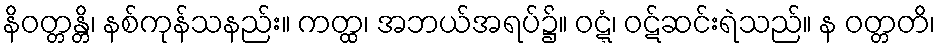
နိဝတ္တန္တိ၊ နစ်ကုန်သနည်း။ ကတ္ထ၊ အဘယ်အရပ်၌။ ဝဋ္ဋံ၊ ဝဋ်ဆင်းရဲသည်။ န ဝတ္တတိ၊